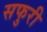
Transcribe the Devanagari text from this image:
सफुरी